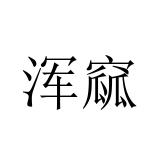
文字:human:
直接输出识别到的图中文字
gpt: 浑窳